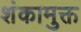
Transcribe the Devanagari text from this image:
शंकामुक्त